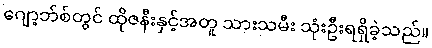
ဂျော့ဘ်စ်တွင် ထိုဇနီးနှင့်အတူ သားသမီး သုံးဦးရရှိခဲ့သည်။